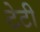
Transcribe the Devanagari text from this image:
टेटी